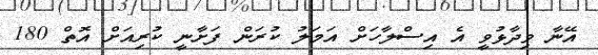
އޭނާ ވިދާޅުވީ އެ އިސްލާހަށް އަމަލު ކުރަން ފަށާނީ ކުރިއަށް އޮތް 180